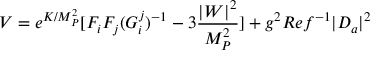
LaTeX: V = e ^ { K / M _ { P } ^ { 2 } } [ F _ { i } F _ { j } ( G _ { i } ^ { j } ) ^ { - 1 } - 3 { \frac { | W | ^ { 2 } } { M _ { P } ^ { 2 } } } ] + g ^ { 2 } R e f ^ { - 1 } | D _ { a } | ^ { 2 }